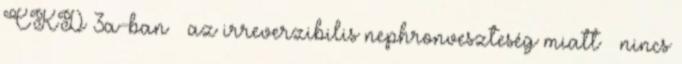
CKD 3a-ban – az irreverzibilis nephronveszteség miatt – nincs